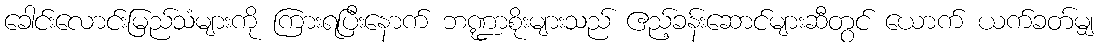
ခေါင်းလောင်းမြည်သံများကို ကြားရပြီးနောက် ဘဏ္ဍာစိုးများသည် ဧည့်ခန်းဆောင်များဆီတွင် ယောက် ယက်ခတ်မျှ